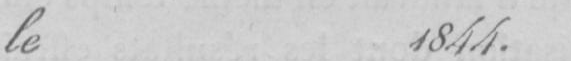
le 1844.